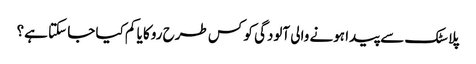
پلاسٹک سے پیدا ہونے والی آلودگی کو کس طرح روکا یا کم کیا جا سکتا ہے؟